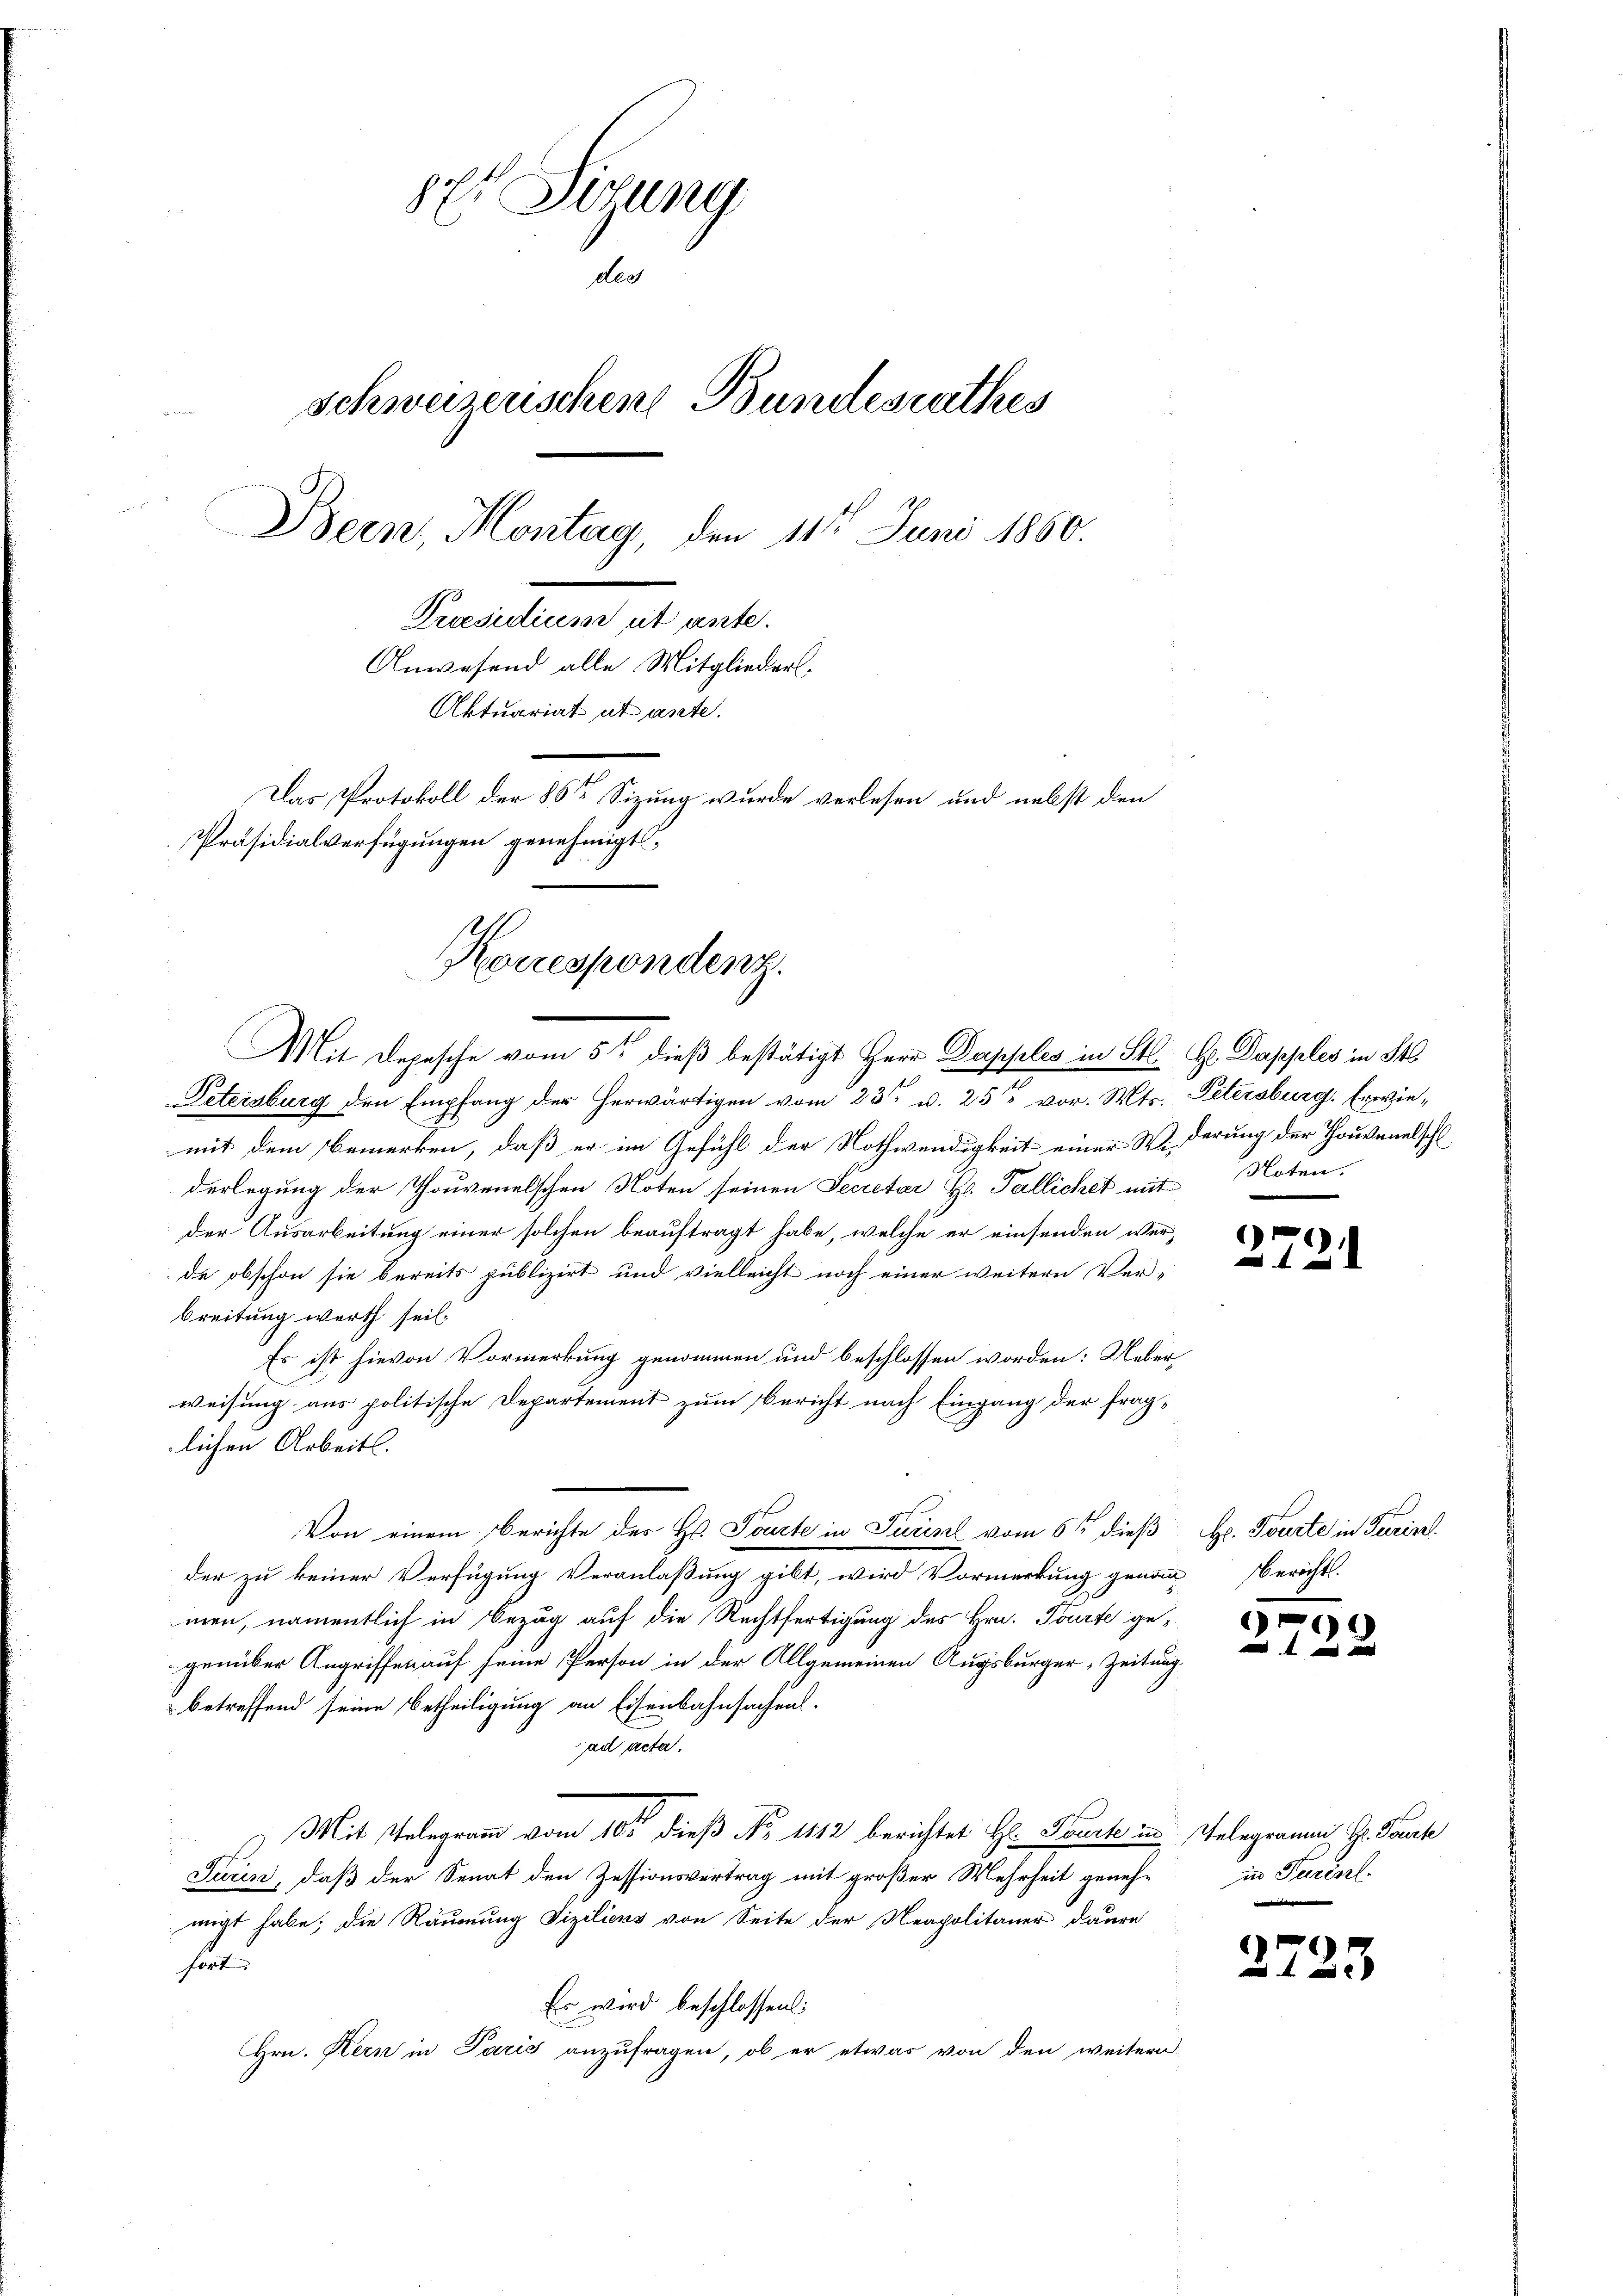
8 Sizung
der
Schweizerischen Bundesrathes
Bern, Montag, den 11ten Juni 1860.
Praesidium et ante.
Anwesend alle Mitgliederl.
Aktuariat et ante.
Das Protokoll der 86te Sitzung wurde verlesen und nebst den
Präsidialverfügungen genehmigt

Mit Depesche vom 5ten dieß bestätigt Herr Dopples in St. Hr. Dapples in St

Korrespondenz.

Petersburg den Empfang der herwärtigen vom 23ten d. 252 vor. Mts. Petersburg. Erwiemit dem Bemerken, daß er im Gefühl der Nothwendigkeit einer Widerung der Thouveralschl
derlegung der Thouvenelschen Noten seinen Secretär H. Pallichet mit Noten.
der Ausarbeitung einer solchen beauftragt habe, welche er einsenden wer-
de obschon sie bereits publizirt und vielleicht noch einer weitern Ver-
breitung werth seil.
Es ist hievon Vormerkung genommen und beschlossen worden: Ueberweisung aus politische Departement zum Bericht nach Eingang der fraglichen Arbeits.
Von einem Berichte des H. Tourte in Jurisch vom 6ten dieß
der zu keiner Verfügung Veranlaßung gibt, wird Vormerkung genan Berichts-
men, namentlich in Bezug auf die Rechtfertigung des Hrn. Tourte gegenüber Angriffen auf seine Person in der Allgemeinen Augsburger Zeitung
betreffend seine Betheiligung an Eisenbahnsachens.
ad acta.
Mit Telegramm vom 10. dieß No 1112 berichtet Hr. Tourt in Gelegramms G. Sache
Turin, daß der Senat den Zessionsvertrag mit großer Mehrheit genehmigt habe; die Räumung Siziliens von Seite der Neapolitaner daure
fort.
Es wird beschlossen:
Hrn. Kern in Paris anzufragen, ob er etwas von den weitern

Hr. Fourte in Turinel

4

in Parisl.

1

279

.

.

25